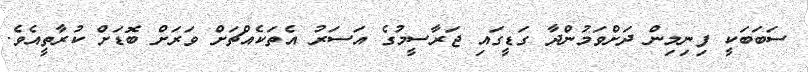
ސަބަބަކީ ފިނިމިން ދަށްވަމުންދާ ގަޑީގައި ޖަރާސީމުގެ އަސަރު އެތަކެއްޗަށް ވަރަށް ބޮޑަށް ކުރާތީއެވެ.